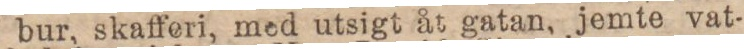
bur, skafferi, med utsigt åt gatan, jemte vat-